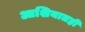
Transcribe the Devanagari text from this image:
आशियातही